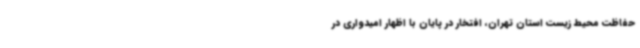
حفاظت محیط زیست استان تهران، افتخار در پایان با اظهار امیدواری در